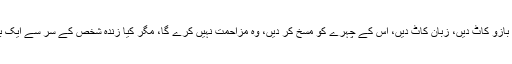
ایک مردہ جسم کے اگر آپ بازو کاٹ دیں، زبان کاٹ دیں، اُس کے چہرے کو مسخ کر دیں، وہ مزاحمت نہیں کرے گا، مگر کیا زندہ شخص کے سر سے ایک بال بھی اکھاڑا جاسکتا ہے؟